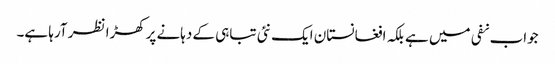
جواب نفی میں ہے بلکہ افغانستان ایک نئی تباہی کے دہانے پرکھڑا نظر آرہا ہے۔